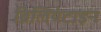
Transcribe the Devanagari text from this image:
ब्रिलियंटाइन